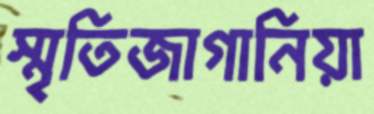
স্মৃতিজাগানিয়া